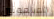
الملعونين